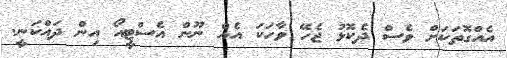
އެއްގޮތަކަށް ވެސް ދެކޮޅު ޖެހޭ ވާހަކަ އެއް ނޫން އެސްޓީއޯ އިން ދައްކަނީ.